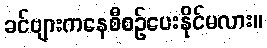
ခင်ဗျားကနေစီစဉ်ပေးနိုင်မလား။